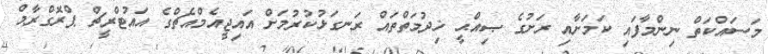
މަސައްކަތް ނިންމާފައި ކަމަށާއި ރަށުގެ ޞިއްޙީ ޚިދުމަތްތައް ރަނގަޅުކުރުމަށް އައިޖީއެމްއެޗްގެ އައުޓްރީޗް ޕްރޮގްރާމް